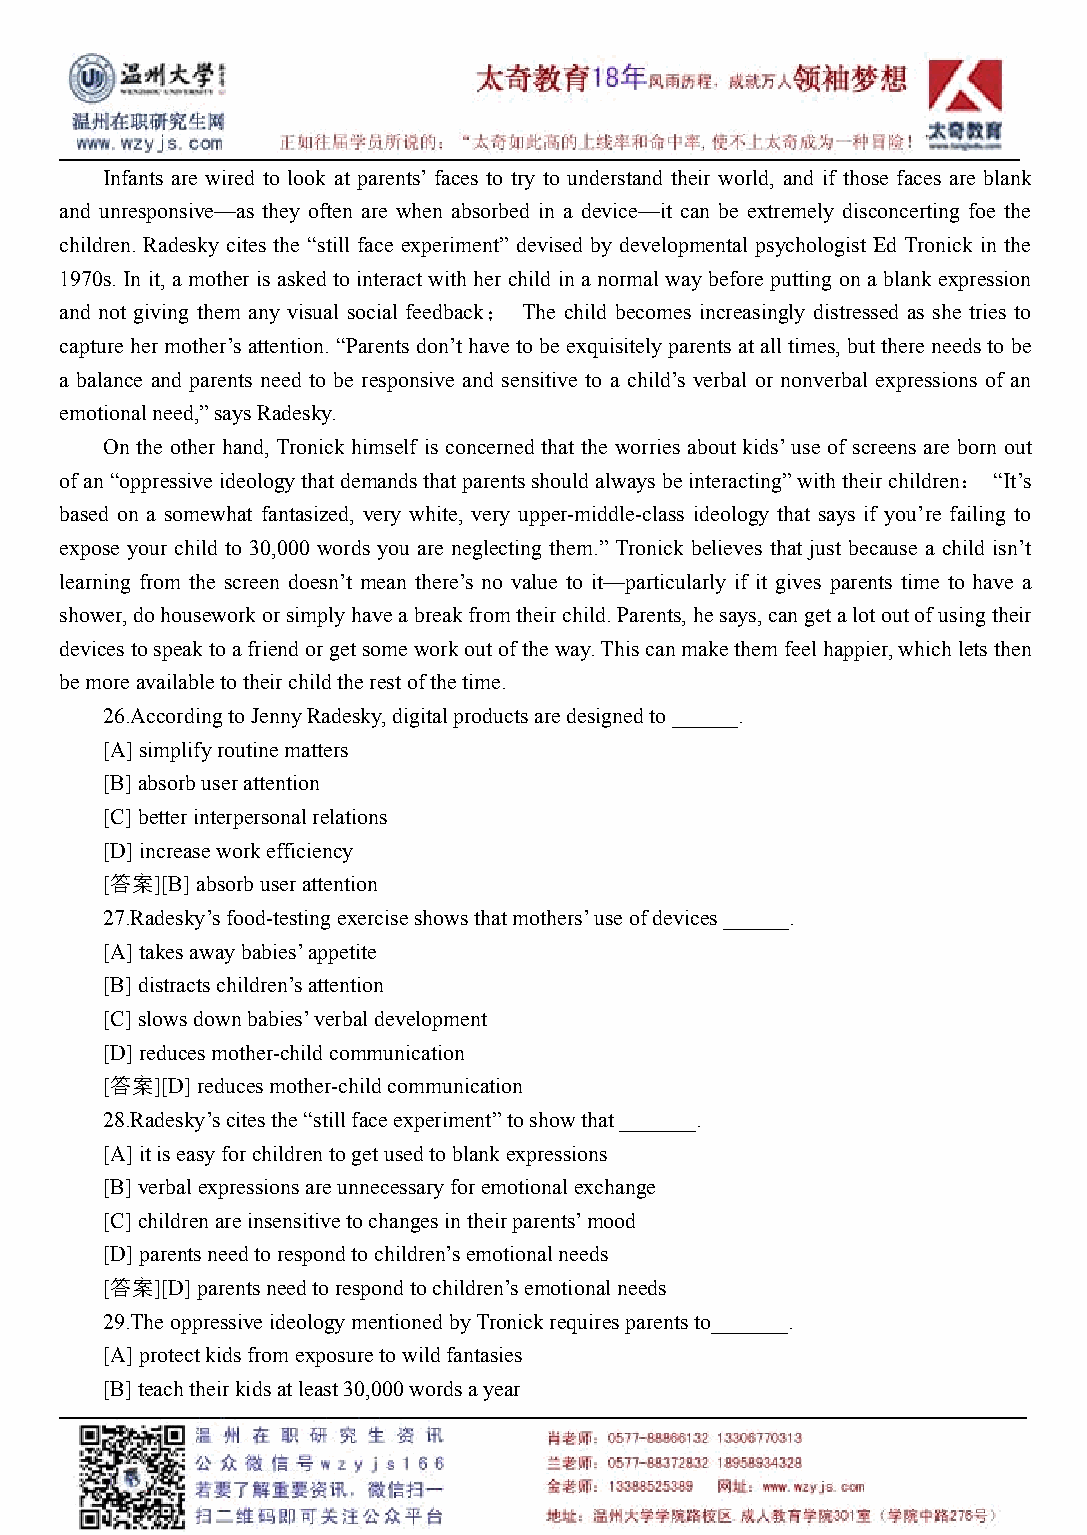
Infants are wired to look at parents’faces to try to understand their world, and if those faces are blank
 and unresponsive—as they often are when absorbed in a device—it can be extremely disconcerting foe the
 children. Radesky cites the “still face experiment” devised by developmental psychologist Ed Tronick in the
 1970s. In it, a mother is asked to interactwith her child in a normal way before putting on a blank expression
 and not giving them any visual social feedback； The child becomes increasingly distressed as she tries to
 capture hermother’s attention. “Parents don’t have to be exquisitely parents atall times, butthere needsto be
 a balance and parents need to be responsive and sensitive to a child’s verbal or nonverbal expressions of an
 emotionalneed,”saysRadesky.
 On the other hand, Tronick himself is concerned that the worries about kids’use of screens are born out
 ofan“oppressiveideologythatdemandsthatparentsshouldalwaysbeinteracting”withtheirchildren： “It’s
 based on a somewhat fantasized, very white, very upper-middle-class ideology that says if you’re failing to
 expose your child to 30,000 words you are neglecting them.” Tronick believes that just because a child isn’t
 learning from the screen doesn’t mean there’s no value to it—particularly if it gives parents time to have a
 shower,dohouseworkorsimplyhaveabreakfromtheirchild.Parents,hesays,cangetalotoutofusingtheir
 devicestospeaktoafriendorgetsomeworkoutoftheway.Thiscanmakethemfeelhappier,whichletsthen
 bemoreavailabletotheirchildtherestofthetime.
 26.AccordingtoJennyRadesky,digitalproductsaredesignedto______.
 [A]simplifyroutinematters
 [B]absorbuserattention
 [C]betterinterpersonalrelations
 [D]increaseworkefficiency
 [答案][B]absorbuserattention
 27.Radesky’sfood-testingexerciseshowsthatmothers’useofdevices______.
 [A]takesawaybabies’appetite
 [B]distractschildren’sattention
 [C]slowsdownbabies’verbaldevelopment
 [D]reducesmother-childcommunication
 [答案][D]reducesmother-childcommunication
 28.Radesky’scitesthe“stillfaceexperiment”toshowthat_______.
 [A]itiseasyforchildrentogetusedtoblankexpressions
 [B]verbalexpressionsareunnecessaryforemotionalexchange
 [C]childrenareinsensitivetochangesintheirparents’mood
 [D]parentsneedtorespondtochildren’semotionalneeds
 [答案][D]parentsneedtorespondtochildren’semotionalneeds
 29.TheoppressiveideologymentionedbyTronickrequiresparentsto_______.
 [A]protectkidsfromexposuretowildfantasies
 [B]teachtheirkidsatleast30,000wordsayear